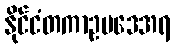
နိုင်ငံတကာဥပဒေအရ